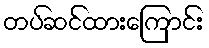
တပ်ဆင်ထားကြောင်း